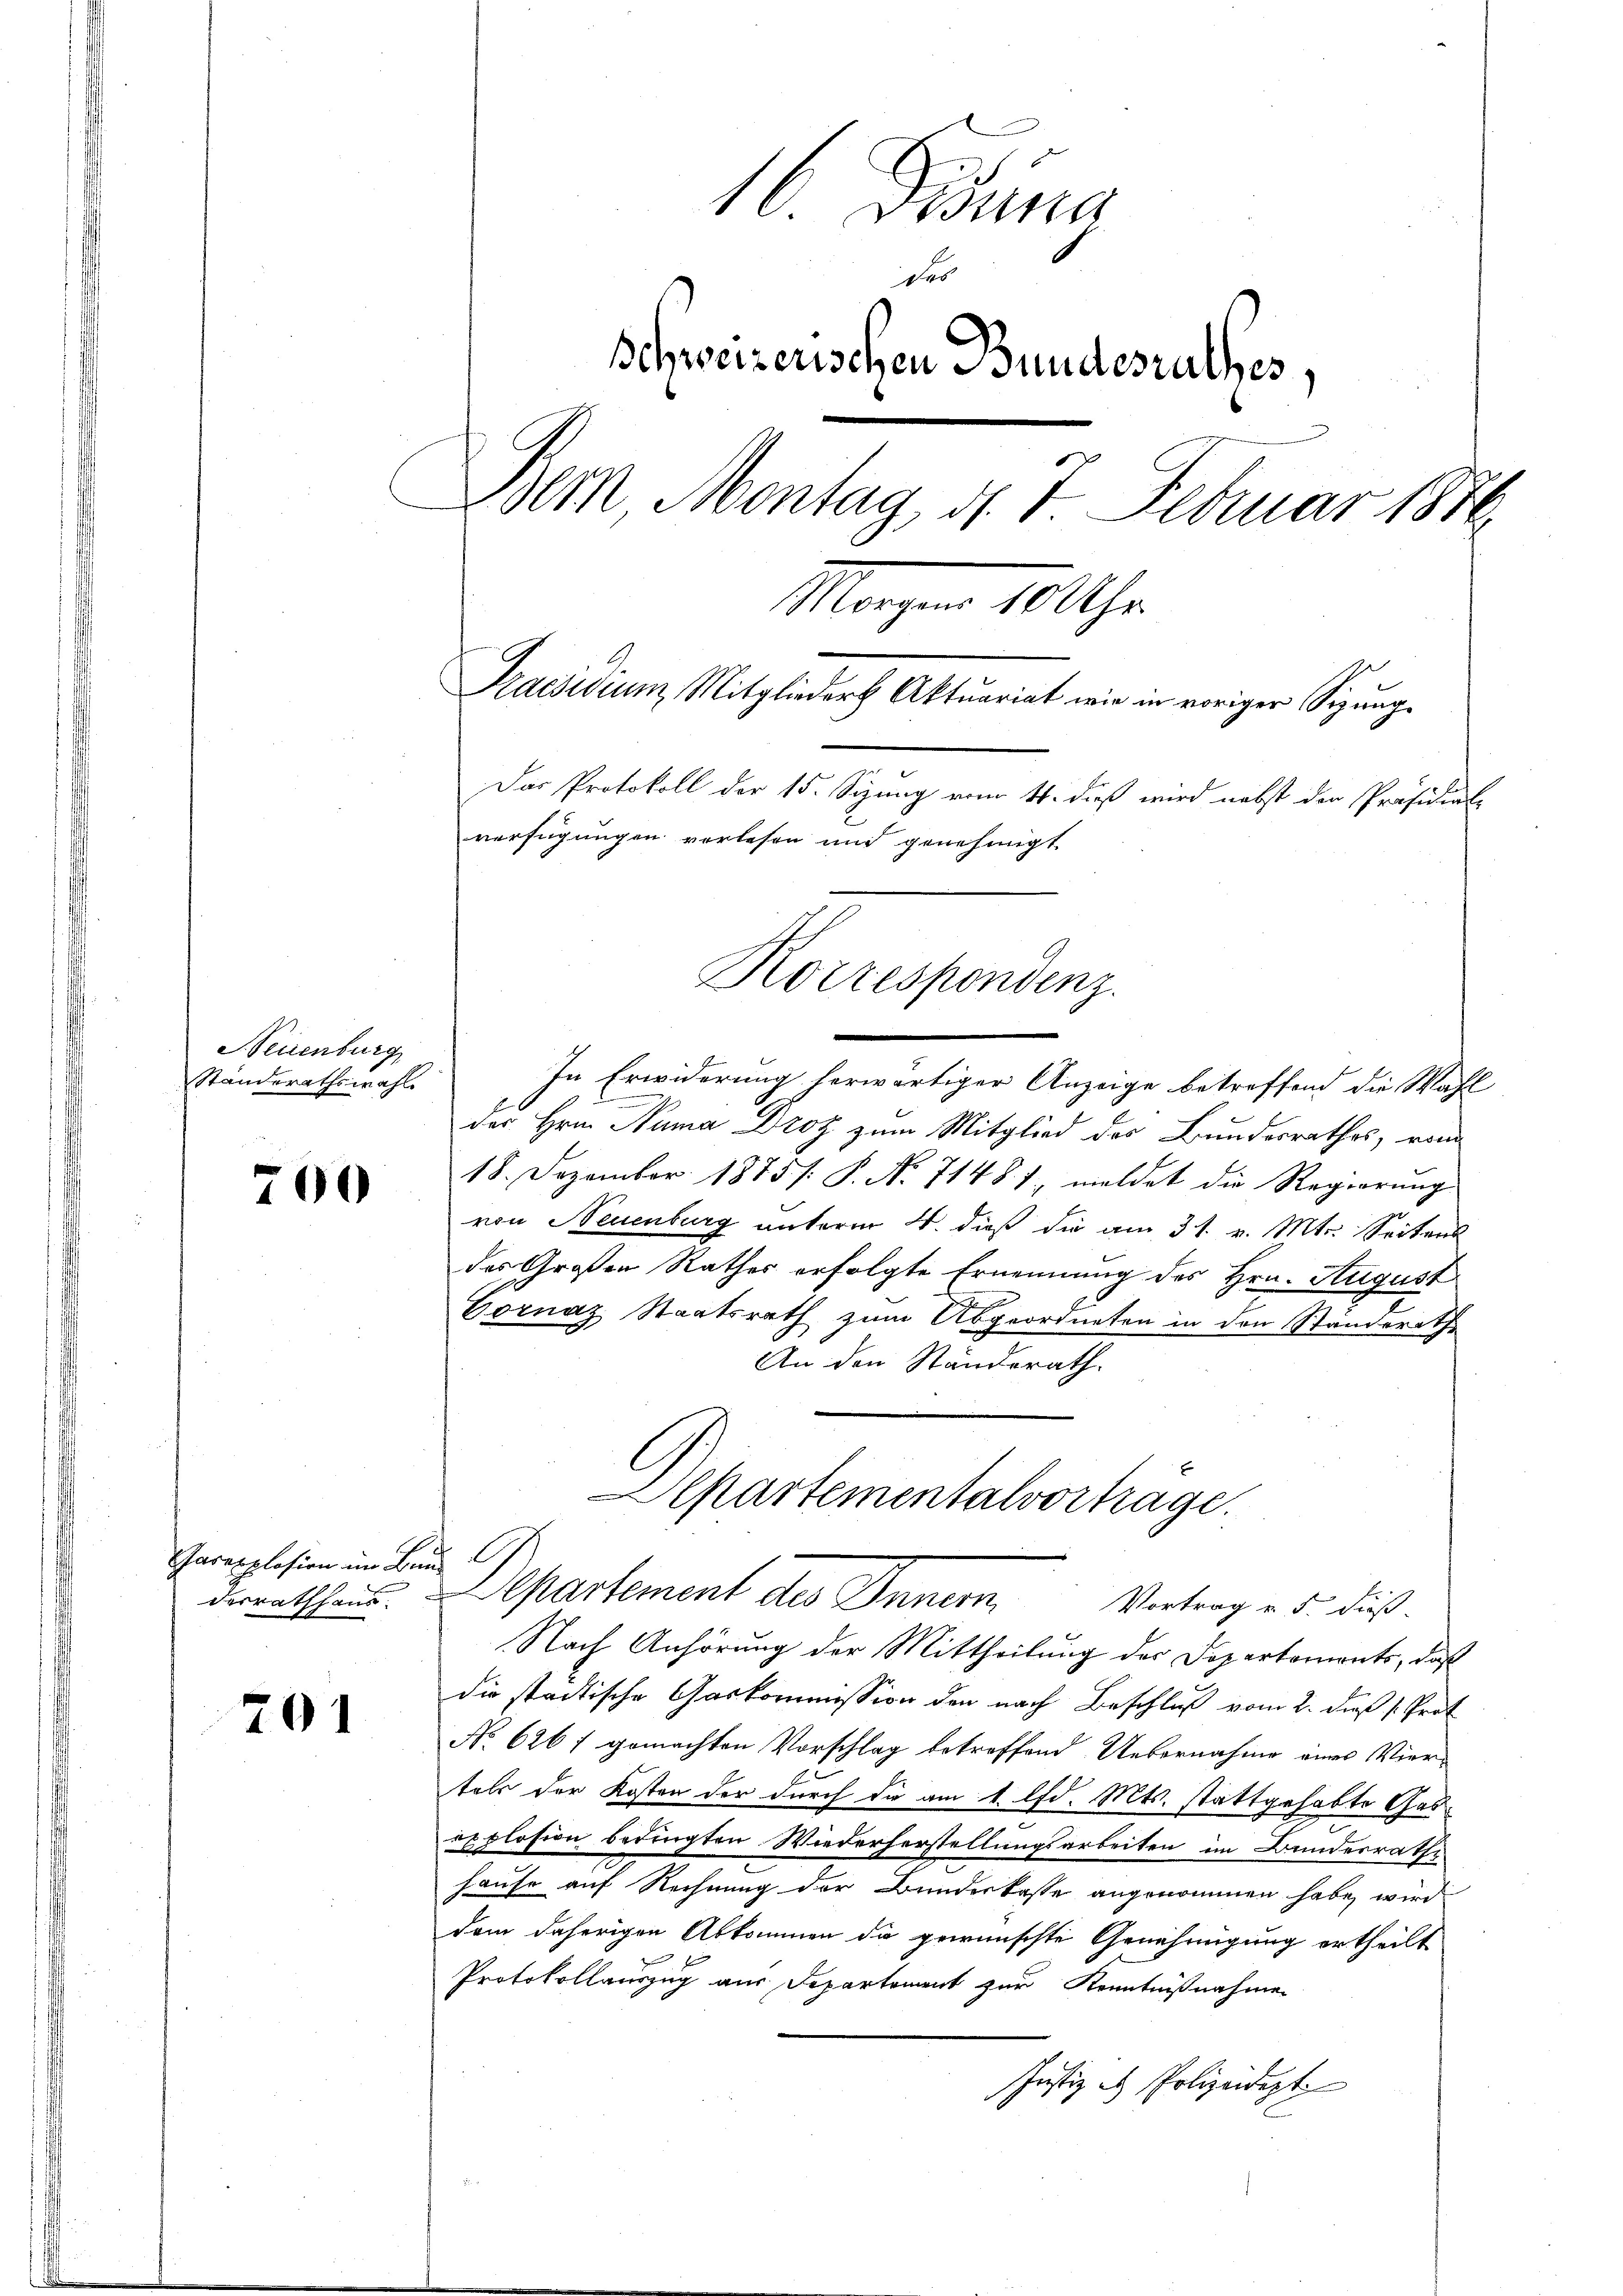
Neuenburg
Standerathswahl

700

Jarexplosion im Bund
derrathsam.

701

16 Fina
des
Schweizerischen Bundesrathes,
Dem Montag, d. 7. Februar 1876.
Morgen 10 Uhr
Praesiduum, Mitglieder Aktuariat wie in voriger Sigung
Das Protokoll der 15. Sizung vom 11. dieß wird nebst der Präsidial-
verfügungen verlesen und genehmigt
Korrespondenz.

In Erwiderung herwärtiger Anzeige betreffend die Wahl
.
der Hrn. Numa Droz zum Mitglied des Bundesrathes, vom
18. Dezember 1875 /: P. Nr. 71481. meldet die Regierung
von Neuenburg unterm 4. dieß die am 31. v. Mts. Seitens
das Großen Rathes erfolgte Ernennung des Hrn. August
Vornaz Staatsrath zum Abgeordneten in den Ständerath
An den Ständerath.
Nach Anhörung der Mittheilung der Departements, daß
die städtische Gaskommission den nach Beschluß vom 2. dieß (Prot
No 626 ; gemachten Vorschlag betreffend Uebernahme eines Viertels der Kosten der durch die am 1. lfd. Mts. stattgehabte Gesexplosion bedingten Wiederherstellungsarbeiten im Bundesrathe
hause auf Rechnung der Bunderkasse angenommen habe, wird
dem daherigen Abkommen da gewünschte Genehmigung ertheilt
Protokollauszug aus Departement zur Kenntnißnahme
Justiz es Polizeidept

Aepartementalvorträge.
Apartement des Inner
Vortrag v. 5. dieß-